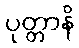
ပုတ္တာနိ